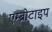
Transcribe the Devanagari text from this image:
एम्ब्रोटाइप